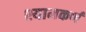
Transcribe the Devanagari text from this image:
श्यामकर्ण